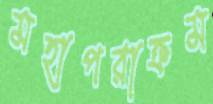
মহাপরাক্রম